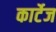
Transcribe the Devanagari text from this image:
कार्टेज